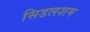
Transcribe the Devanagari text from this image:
सिडलशम